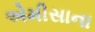
એમીસાના